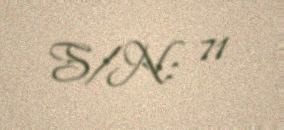
S/N: 71